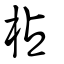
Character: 枮